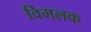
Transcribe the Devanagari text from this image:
विमलक